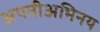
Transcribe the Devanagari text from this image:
अपनीअभिनय